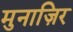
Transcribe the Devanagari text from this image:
मुनाज़िर